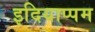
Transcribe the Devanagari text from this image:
इदियाप्पम